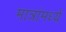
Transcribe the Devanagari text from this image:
मात्रांमध्ये